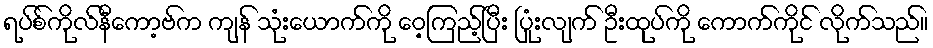
ရပ်စ်ကိုလ်နီကော့ဗ်က ကျန် သုံးယောက်ကို ဝေ့ကြည့်ပြီး ပြုံးလျက် ဦးထုပ်ကို ကောက်ကိုင် လိုက်သည်။